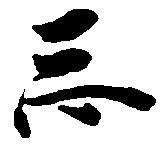
忘